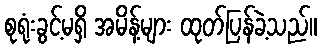
စုရုံးခွင့်မရှိ အမိန့်များ ထုတ်ပြန်ခဲ့သည်။